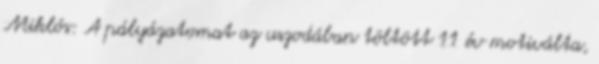
Miklós: A pályázatomat az uszodában töltött 11 év motiválta,